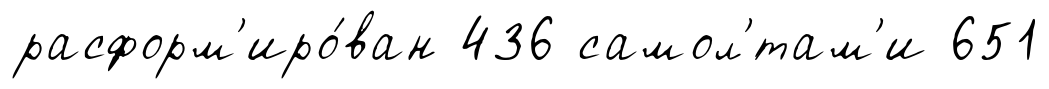
расформ'иро́ван 436 самол'́там'и 651